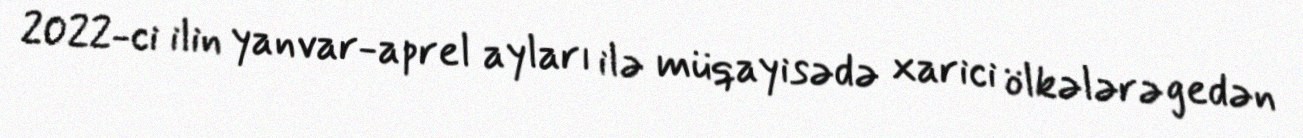
2022-ci ilin yanvar-aprel ayları ilə müqayisədə xarici ölkələrə gedən